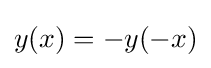
y(x)=-y(-x)